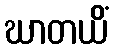
ဃာတယိံ